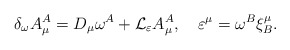
\begin{align*}\delta_{\omega} A_\mu^A=D_\mu\omega^A+{\cal L}_\varepsilon A_\mu^A,\quad\varepsilon^\mu=\omega^B\xi^\mu_B.\end{align*}